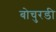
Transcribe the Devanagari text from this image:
बोचुरडी